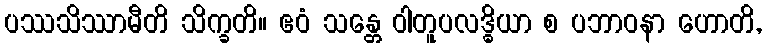
ပဿသိဿာမီတိ သိက္ခတိ။ ဧဝံ သန္တေ ဝါတူပလဒ္ဓိယာ စ ပဘာဝနာ ဟောတိ,